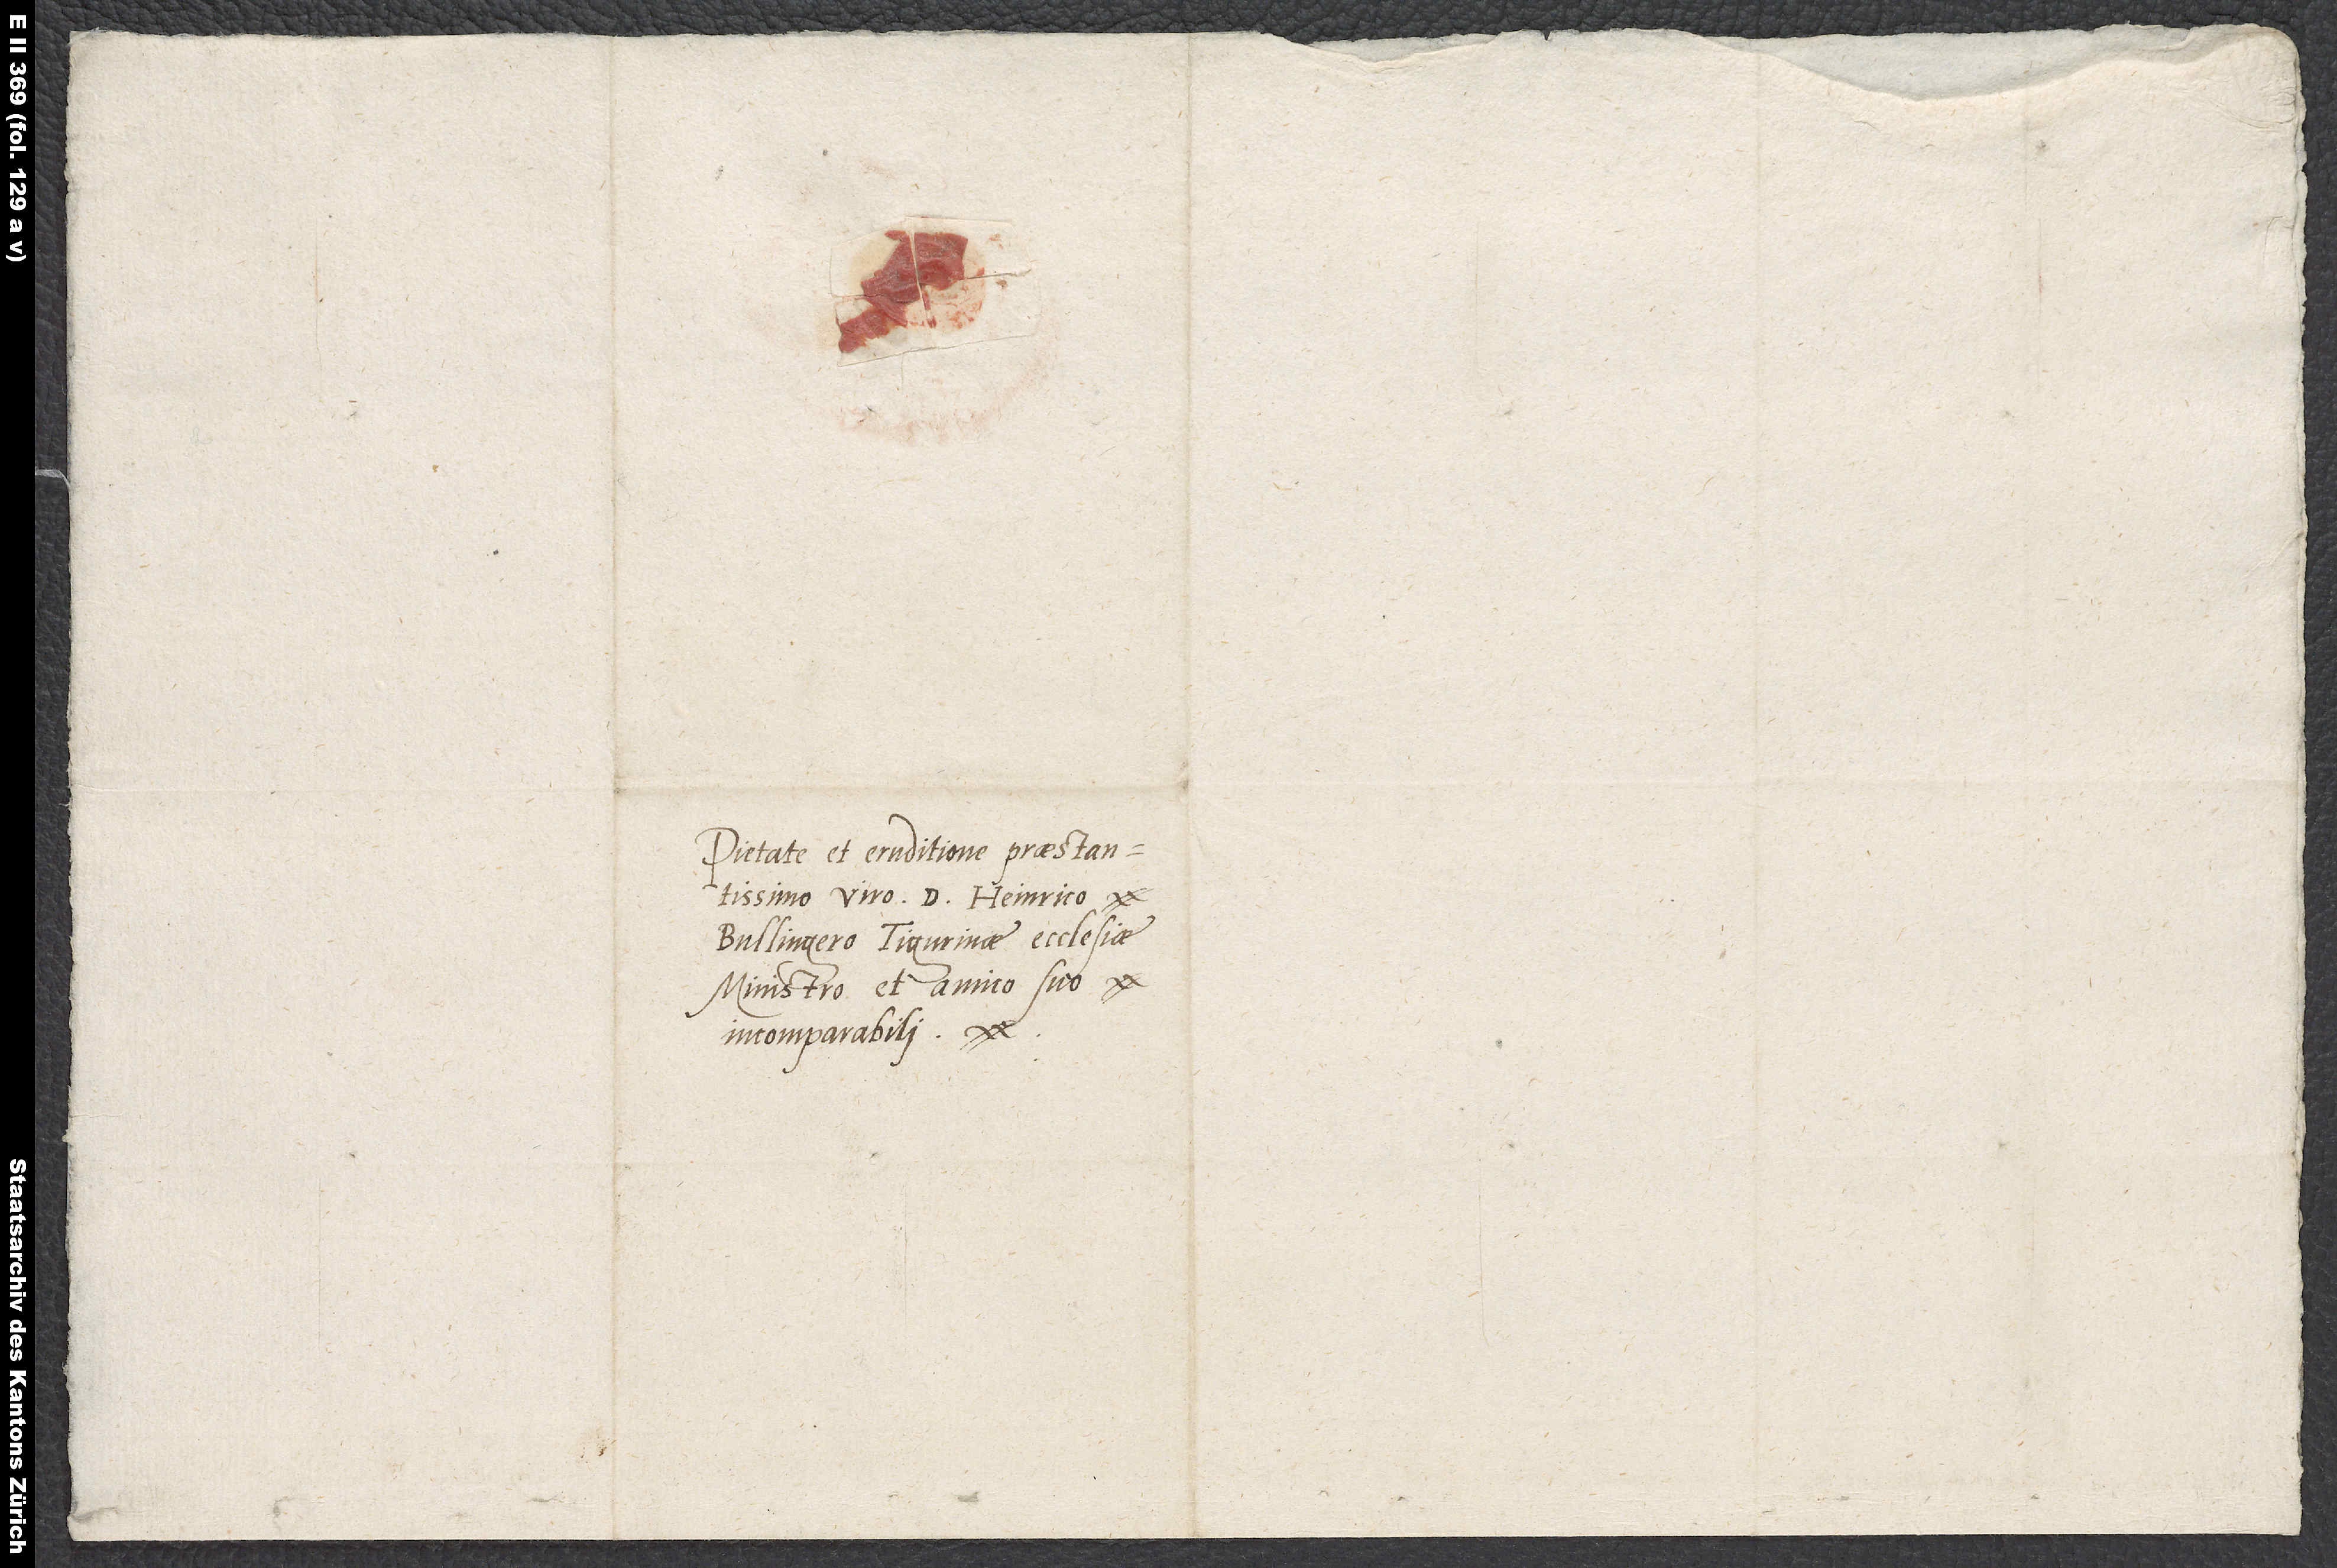
Pietate et eruditione praestantissimo
viro d. Heinrico
Bullingero, Tigurinae ecclesiae
ministro, et amico suo
incomparabili.